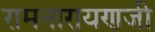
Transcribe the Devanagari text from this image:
रामनारायणजी